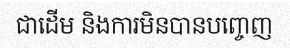
ជាដើម និងការមិនបានបញ្ចេញ